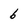
Character: 6